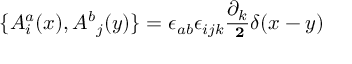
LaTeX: \{ { A _ { i } ^ { a } } ( x ) , { A ^ { b } } _ { j } ( y ) \} = { \epsilon _ { a b } } { \epsilon _ { i j k } } { \frac { \partial _ { k } } { \bf \nabla ^ { 2 } } } \delta ( x - y )